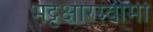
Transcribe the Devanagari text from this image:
भट्टक्षीरस्वामी